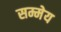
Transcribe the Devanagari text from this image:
सम्मेय